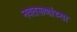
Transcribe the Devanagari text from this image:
नवतरूणांच्या